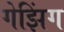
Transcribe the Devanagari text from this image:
गेझिंग